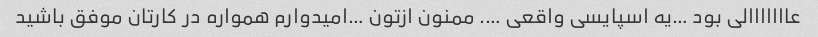
عااااااالی بود …یه اسپایسی واقعی …. ممنون ازتون …امیدوارم همواره در کارتان موفق باشید